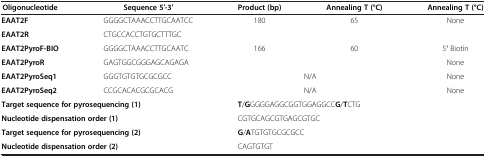
| Oligonucleotide | Sequence 5′-3′ | Product (bp) | Annealing T (°C) | Annealing T (°C) |
 | --- | --- | --- | --- | --- |
 | EAAT2F | GGGGCTAAACCTTGCAATCC | <ROWSPAN=2> 180 | <ROWSPAN=2> 65 | <ROWSPAN=2> None |
 | EAAT2R | CTGCCACCTGTGCTTTGC |
 | EAAT2PyroF-BIO | GGGGCTAAACCTTGCAATC | <ROWSPAN=2> 166 | <ROWSPAN=2> 60 | 5′ Biotin |
 | EAAT2PyroR | GAGTGGCGGGAGCAGAGA | None |
 | EAAT2PyroSeq1 | GGGTGTGTGCGCGCC | <COLSPAN=2> N/A | None |
 | EAAT2PyroSeq2 | CCGCACACGCGCACG | <COLSPAN=2> N/A | None |
 | <COLSPAN=2> Target sequence for pyrosequencing (1) | <COLSPAN=3> T/GGGGGAGGCGGTGGAGGCCG/TCTG |
 | <COLSPAN=2> Nucleotide dispensation order (1) | <COLSPAN=3> CGTGCAGCGTGAGCGTGC |
 | <COLSPAN=2> Target sequence for pyrosequencing (2) | <COLSPAN=3> G/ATGTGTGCGCGCC |
 | <COLSPAN=2> Nucleotide dispensation order (2) | <COLSPAN=3> CAGTGTGT |